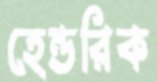
হেন্ডরিক